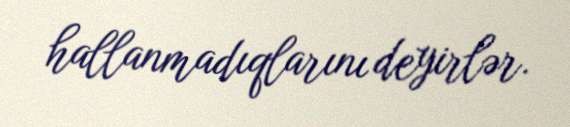
hallanmadıqlarını deyirlər.